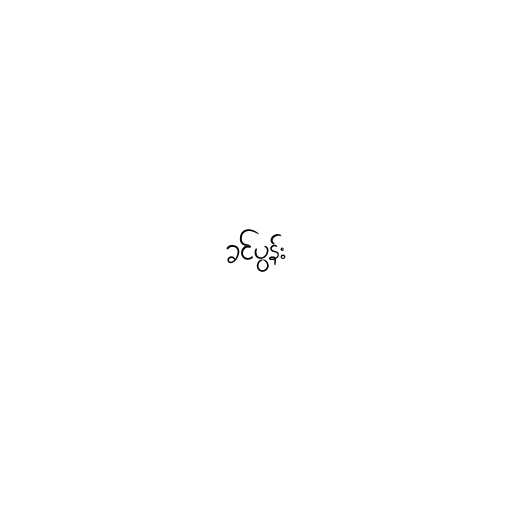
ခင်ပွန်း